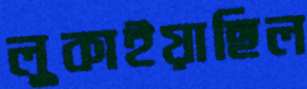
লুকাইয়াছিল